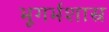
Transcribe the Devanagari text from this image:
भूगर्भशास्र